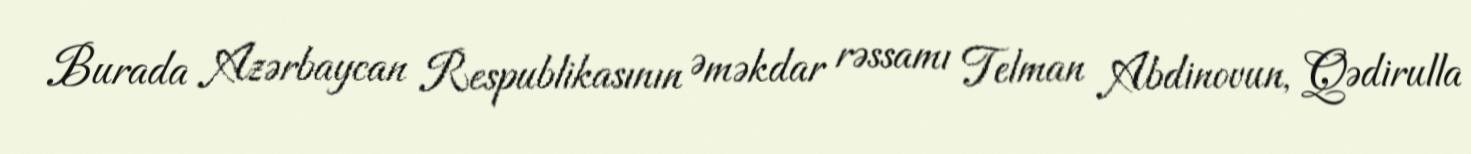
Burada Azərbaycan Respublikasının Əməkdar rəssamı Telman Abdinovun, Qədirulla